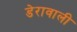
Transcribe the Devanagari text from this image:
डेरावाली